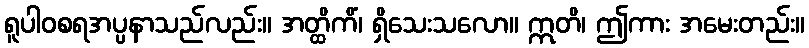
ရူပါဝစရအပ္ပနာသည်လည်း။ အတ္ထိကိံ၊ ရှိသေးသလော။ ဣတိ၊ ဤကား အမေးတည်း။